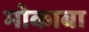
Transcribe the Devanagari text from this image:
मोकाबा